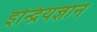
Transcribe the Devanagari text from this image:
इन्द्रियज्ञान